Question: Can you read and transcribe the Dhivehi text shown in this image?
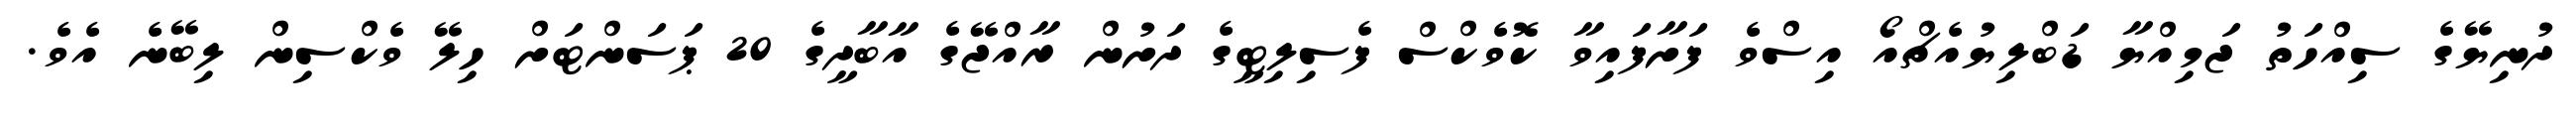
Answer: ދުނިޔޭގެ ސިއްހަތު ޖަމިއްޔާ ޑަބްލިޔުއެޗްއޯ އިސްވެ ފަށާފައިވާ ކޮވެކްސް ފެސިލިޓީގެ ދަށުން ރާއްޖޭގެ އާބާދީގެ 20 ޕަސަންޓަށް ހިލޭ ވެކްސިން ލިބޭނެ އެވެ.